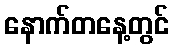
နောက်တနေ့တွင်